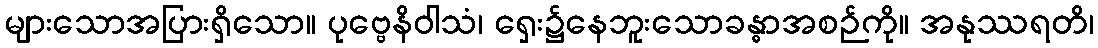
များသောအပြားရှိသော။ ပုဗ္ဗေနိဝါသံ၊ ရှေး၌နေဘူးသောခန္ဓာအစဉ်ကို။ အနုဿရတိ၊